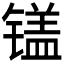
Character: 𲈘